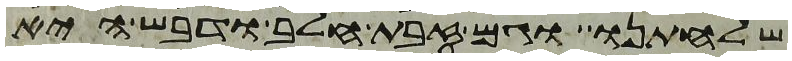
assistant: שלחתנו וגם זבת חלב ודבש היא